Report on malaria in the Punjab during the year ...  together with an account of the work of the Punjab Malaria Bureau - Volume 1
Disease focus: Malaria
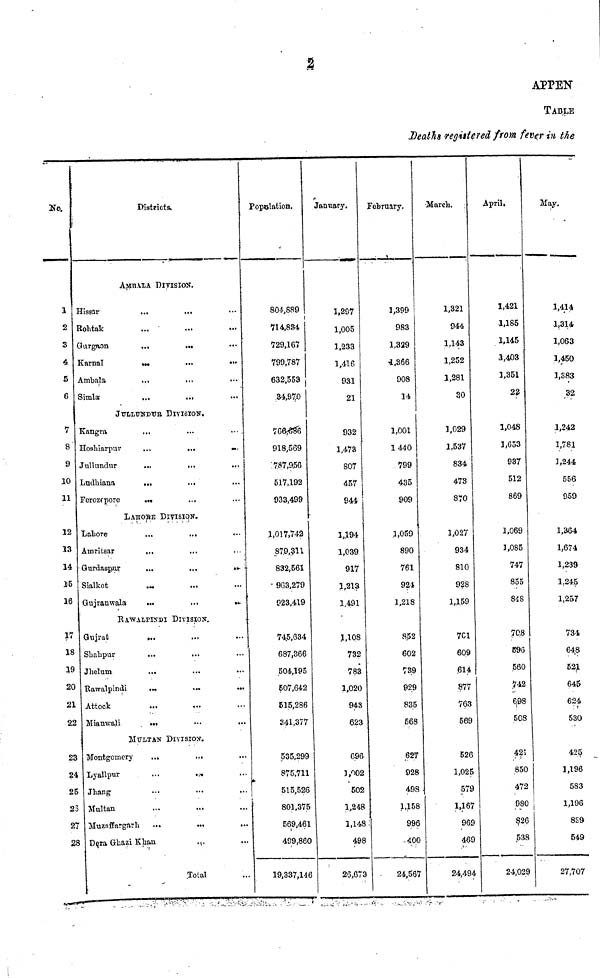
No.
1
2
3
4
5
6
7
8
9
10
11
12
13
14
15
16
17
18
19
20
21
22
23
24
25
2;
27
2f
Districts.
AMBALA DlYISION.
Hissar
...
....
...
Rohtak
...
...
Gurgaon
...
...
Karnal
...
...
...
Ambala
...
...
...
Simla
...
,,,
JULLUSDTR DIVISION..
Kangra
...
Hoshiarpur
...
...
...
Jullundur
... ...
Ludhiana
...
...
Ferozepore
...
LAHORE
DlVISION.
Lahore
...
...
...
Amritsar
,,.
Gurdaspur
...
...
...
Sialkot
...
...
Gujrauwala
...
...
...
RAWALPIN'DI DIVISION.
Gujrat
...
Shalipur
Jholum
...
Rawalpindi
...
...
...
Attock
...
Mianwali
...
MULTÄN DIVISION.
Montgomery
...
Lyallpur
...
...
Jhang
Multan
Muzaffargarli
...
...
..
Dera Ghazi Khan
...
Tota!
Population.
804,889
714,884
729,167
799,787
632,553
34,970
766,686
918,569
787,956
517,192
933,499
1,017,742
879,311
832,561
• 963,279
923,419
745,634
687,366
504,195
507,642
615,286
241,377
535,299
875.711
515,526
801,375
569,461
499,860
19,337,146
2
January.
1,297
1,005
1,233
1,416
931
21
932
1,473
807
457
944
1,194
1,039
917
1,213
1,491
1,108
732
783
1,020
943
623
696
1,002
502
1,248
1,148
498
26,673
February,
1,399
983
1,329
1,366
908
14
1,001
1440
799
435
909
.1,059
890
761
921
1,218
8.52
602
739
929
835
568
627
928
498
1,158
996
-400
24,567
Deaths regin
March.
1,321
944
1,143
1,252
1,281
30
1,029
1,537
834
473
8T0
1,027
934
810
928
1,159
701
609
.614
877
763
569
526
1,025
579
1,167
969
469
24,494
tered from ;
April.
1,421
1,185
1,145
3,403
1,351
22
1,048
1,653
937
512
869
1,069
1,085
747
855
848
70.8
596
560
742
6.98
508
421
850
472
980
826
538
24,029
APPEN
TABLE
fever in the
May.
1,414
1,314
1,063
1,450
1,383
32
1,242
1,781
1,244
556
959
1,36-4
1,674
1,239
1.245
1,257
734
648
521
645
624
530
425
1,196
583
1,196
8S9
549
27,707